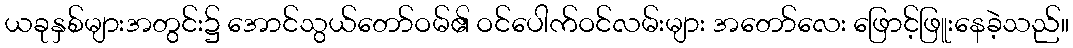
ယခုနှစ်များအတွင်း၌ အောင်သွယ်တော်ဝမ်၏ ဝင်ပေါက်ဝင်လမ်းများ အတော်လေး ဖြောင့်ဖြူးနေခဲ့သည်။